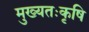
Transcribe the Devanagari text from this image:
मुख्यतःकृषि